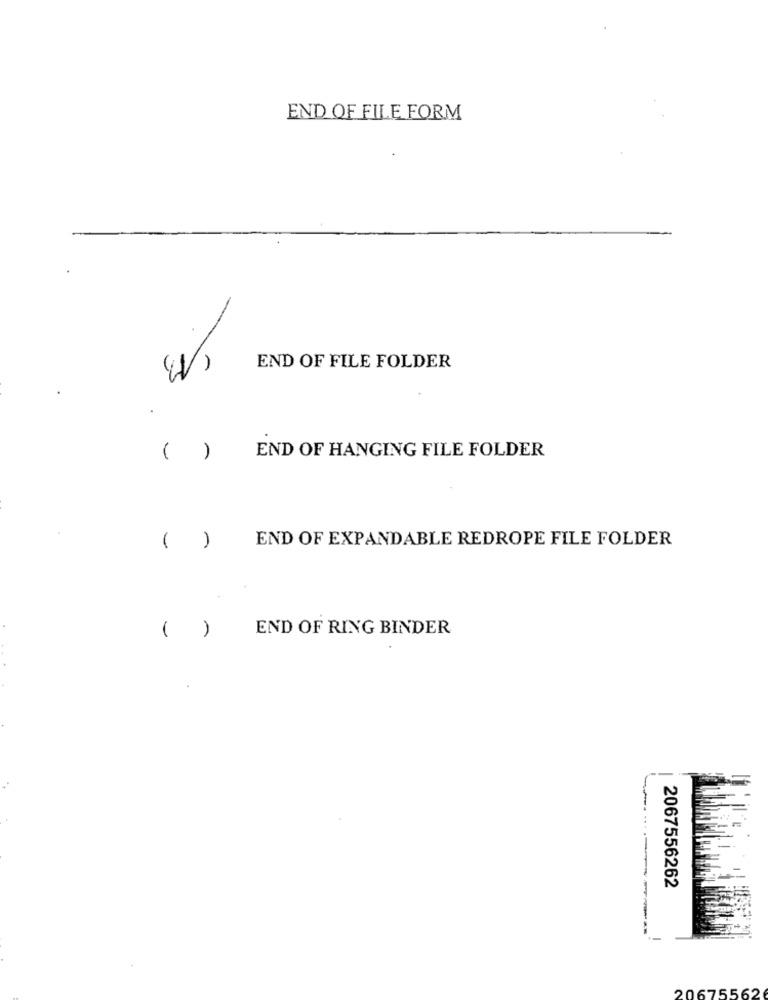
END OF FILE FORM
END OF FILE FOLDER
( )
END OF HANGING FILE FOLDER
END OF EXPANDABLE REDROPE FILE FOLDER
( )
( )
END OF RING BINDER
2067556262
20675562